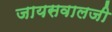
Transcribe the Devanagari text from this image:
जायसवालजी